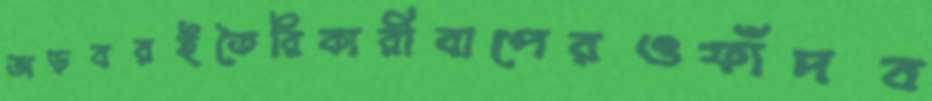
অড়বরইতৈরিকারীবাপেরওফাঁদব